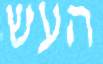
העש